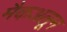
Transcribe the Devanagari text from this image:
मैकअलून